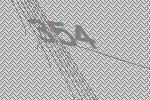
354